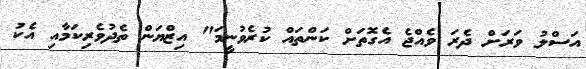
އަސްލު ވަރަށް ދެރަ ވެއްޖެ އެގޮތަށް ކަންތައް ކުރެވުނީމަ" އިޒްޔަން ތެދުވެރިކަމާއި އެކު